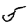
Digit: 5